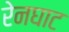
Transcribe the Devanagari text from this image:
रेनघाट